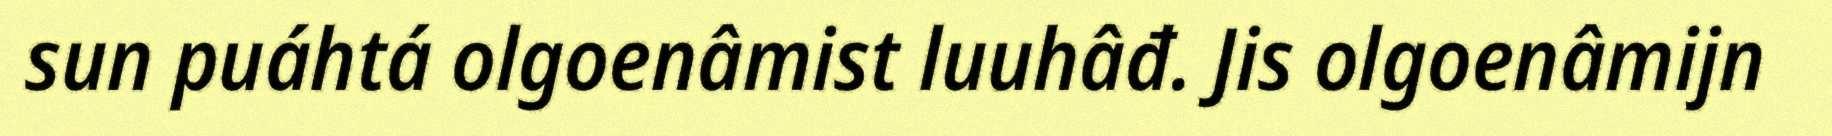
sun puáhtá olgoenâmist luuhâđ. Jis olgoenâmijn